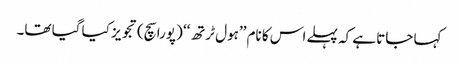
کہا جاتا ہے کہ پہلے اس کا نام ’’ہول ٹرتھ‘‘ (پورا سچ) تجویز کیا گیا تھا۔